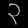
Digit: ၃